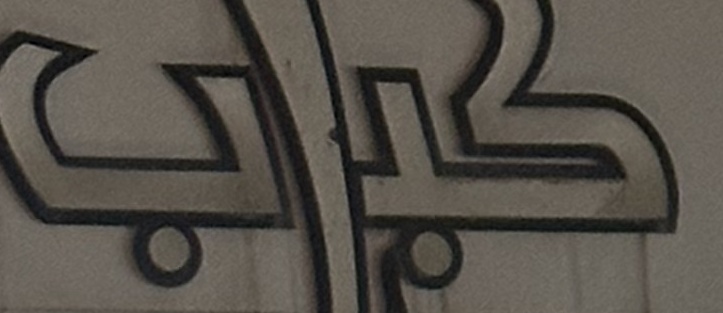
كباب